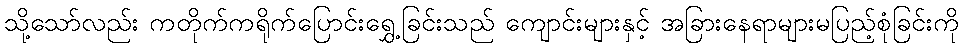
သို့သော်လည်း ကတိုက်ကရိုက်ပြောင်းရွှေ့ခြင်းသည် ကျောင်းများနှင့် အခြားနေရာများမပြည့်စုံခြင်းကို